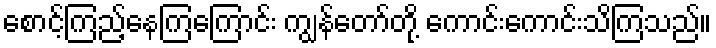
စောင့်ကြည့်နေကြကြောင်း ကျွန်တော်တို့ ကောင်းကောင်းသိကြသည်။